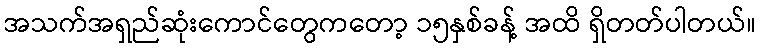
အသက်အရှည်ဆုံးကောင်တွေကတော့ ၁၅နှစ်ခန့် အထိ ရှိတတ်ပါတယ်။